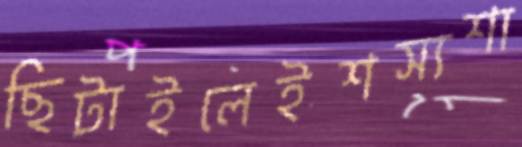
ছিটাইলেইশস্যশা